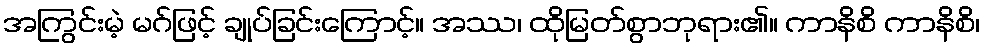
အကြွင်းမဲ့ မဂ်ဖြင့် ချုပ်ခြင်းကြောင့်။ အဿ၊ ထိုမြတ်စွာဘုရား၏။ ကာနိစိ ကာနိစိ၊